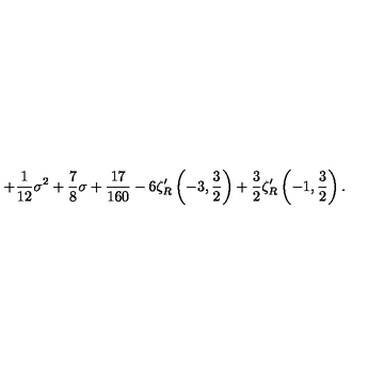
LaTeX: + { \frac { 1 } { 1 2 } } \sigma ^ { 2 } + { \frac { 7 } { 8 } } \sigma + { \frac { 1 7 } { 1 6 0 } } - 6 \zeta _ { R } ^ { \prime } \left( - 3 , \frac 3 2 \right) + \frac 3 2 \zeta _ { R } ^ { \prime } \left( - 1 , \frac 3 2 \right) .